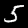
Digit: 5